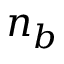
n _ { b }